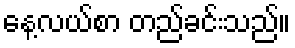
နေ့လယ်စာ တည်ခင်းသည်။